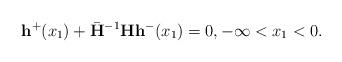
LaTeX: \begin{align*}\mathbf{h}^+(x_1)+\bar{\mathbf{H}}^{-1}\mathbf{H}\mathbf{h}^-(x_1)=0,-\infty<x_1<0.\end{align*}